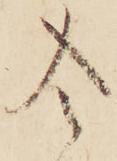
令